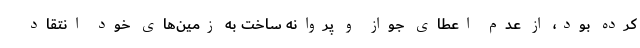
کرده بود، از عدم اعطای جواز و پروانه ساخت به زمین‌های خود انتقاد